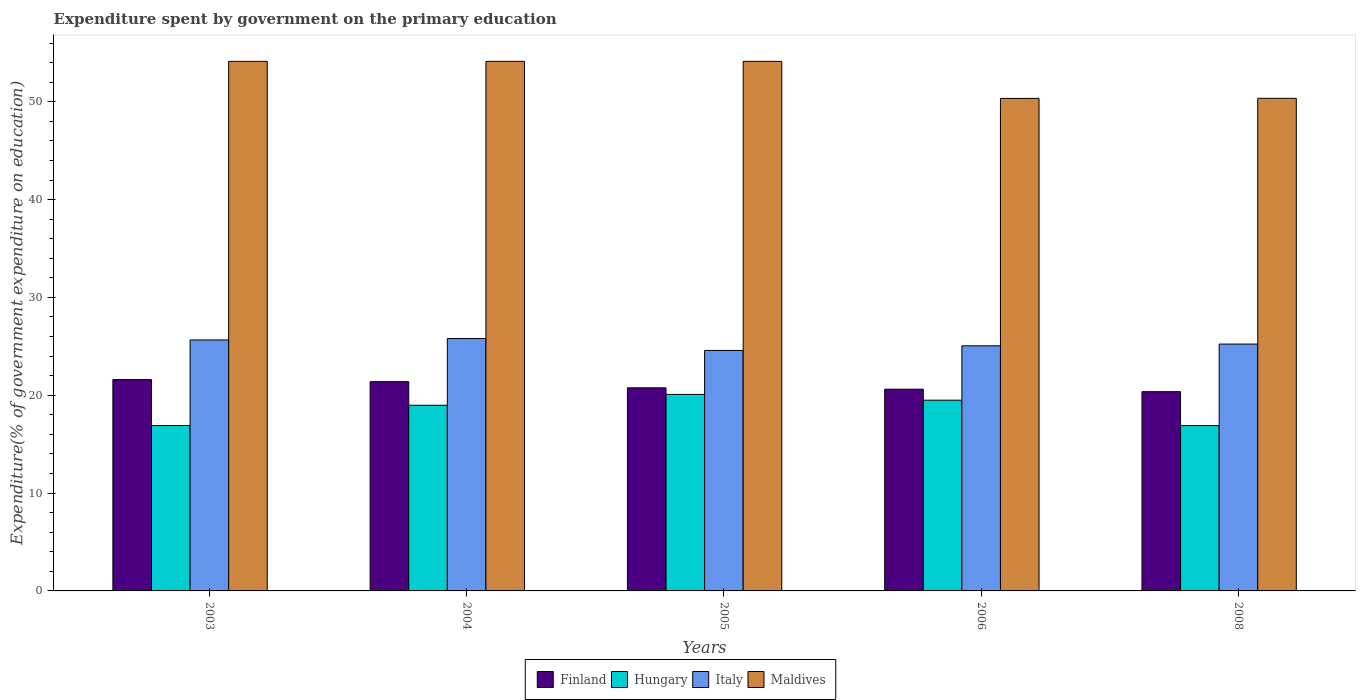
| Years | Finland | Hungary | Italy | Maldives |
 | --- | --- | --- | --- | --- |
 | 2003 | 21.6 | 16.9 | 25.7 | 54.1 |
 | 2004 | 21.4 | 19 | 25.8 | 54.1 |
 | 2005 | 20.8 | 20.1 | 24.6 | 54.1 |
 | 2006 | 20.6 | 19.5 | 25.1 | 50.3 |
 | 2008 | 20.4 | 16.9 | 25.2 | 50.4 |